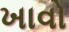
ખાવો